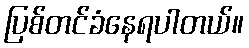
ပြစ်တင်ခံနေရပါတယ်။